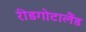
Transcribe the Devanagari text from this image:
रीडगोटालैंड